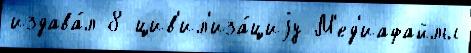
издава́л 8 цив'ил'иза́циjу М'ед'иафайлы